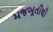
મજબૂતીથી